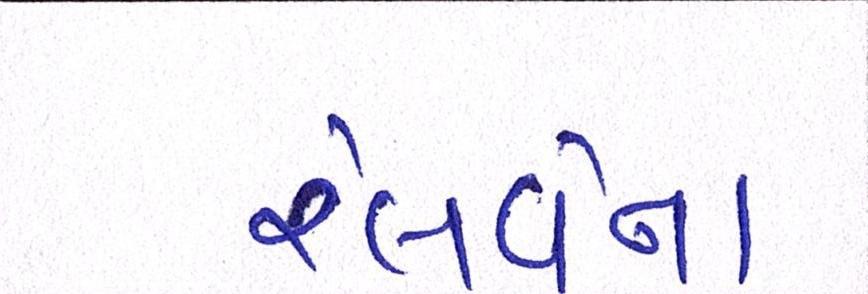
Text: રેલવેના